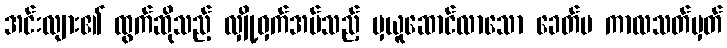
အင်းလျား၏ ထွက်ဆိုသည့် လျှို့ဝှက်အပ်သည့် မှယူဆောင်လာသော ခေတ်ပ ကာလသတ်မှတ်